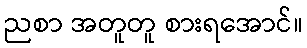
ညစာ အတူတူ စားရအောင်။